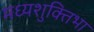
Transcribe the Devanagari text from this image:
मध्यशुक्तिभा